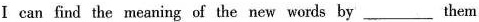
I can find the meaning of the new words by ___ them